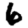
Digit: 6